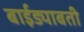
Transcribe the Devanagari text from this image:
बाईड्याबती